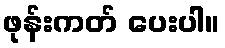
ဖုန်းကတ် ပေးပါ။